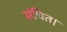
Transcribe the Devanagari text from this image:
संचित।